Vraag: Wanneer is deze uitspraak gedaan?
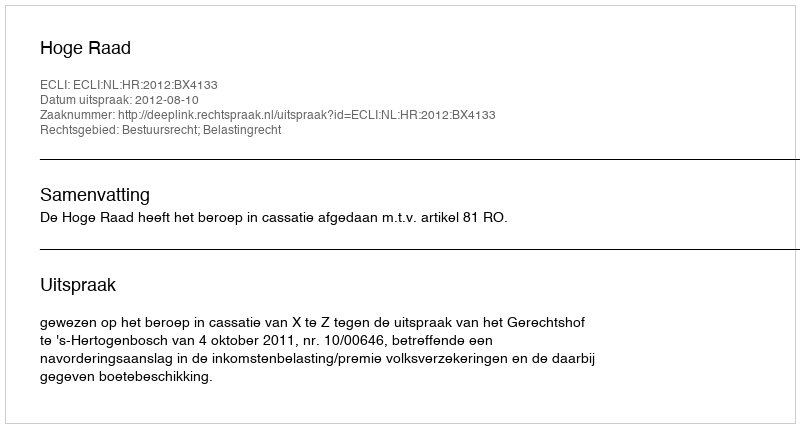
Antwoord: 2012-08-10